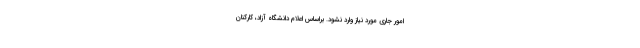
امور جاری مورد نیاز وارد نشود. براساس اعلام دانشگاه آزاد، کارکنان